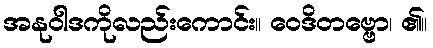
အနုဝါဒကိုလည်းကောင်း။ ဝေဒိတဗ္ဗော၊ ၏။